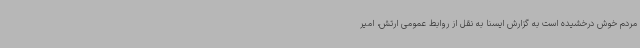
مردم خوش درخشیده است به گزارش ایسنا به نقل از روابط عمومی ارتش، امیر